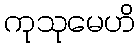
ကုသုမေဟိ